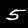
Label: 5